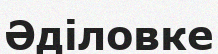
Әділовке